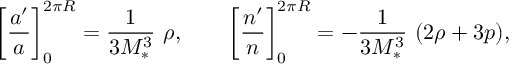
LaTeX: \left[ \frac { a ^ { \prime } } { a } \right] _ { 0 } ^ { 2 \pi R } = \frac { 1 } { 3 M _ { * } ^ { 3 } } \ \rho , \qquad \left[ \frac { n ^ { \prime } } { n } \right] _ { 0 } ^ { 2 \pi R } = - \frac { 1 } { 3 M _ { * } ^ { 3 } } \ ( 2 \rho + 3 p ) ,